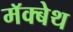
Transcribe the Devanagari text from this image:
मॅक्बेथ